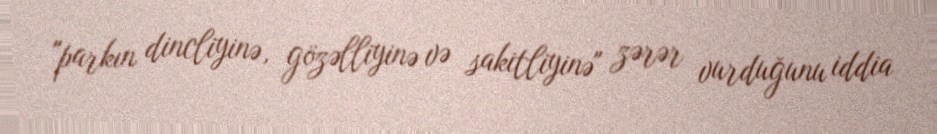
"parkın dincliyinə, gözəlliyinə və sakitliyinə" zərər vurduğunu iddia